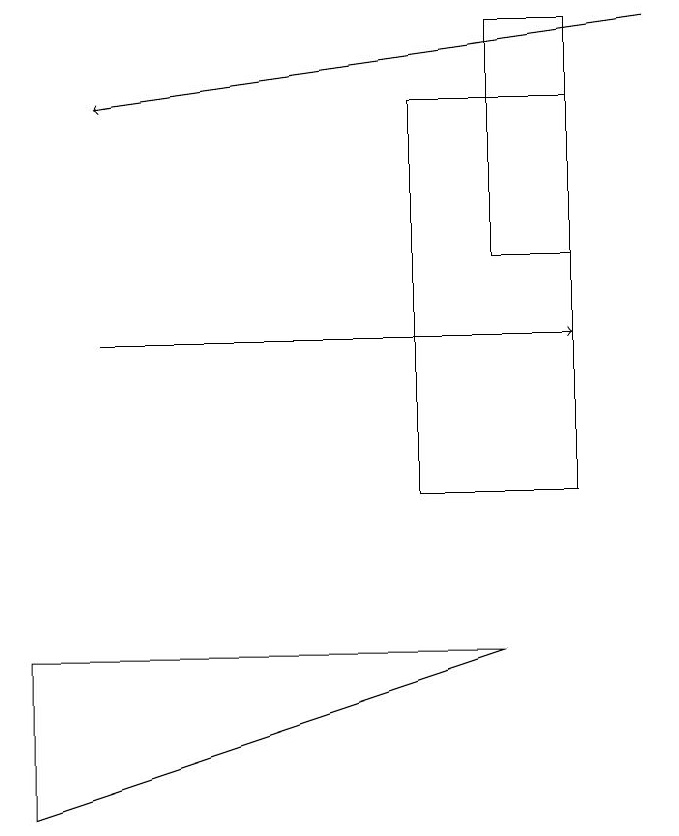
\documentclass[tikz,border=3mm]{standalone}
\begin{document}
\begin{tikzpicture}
\draw (8,15) rectangle (6,10);
\draw[->] (2,12) -- (8,12);
\draw[->] (9,16) -- (2,15);
\draw (1,6) -- (7,8) -- (1,8) -- cycle;
\draw (8,13) rectangle (7,16);
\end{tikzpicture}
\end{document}